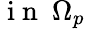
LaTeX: \mathrm{~i~n~}~\Omega_{p}